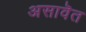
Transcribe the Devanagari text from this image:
असावॆत